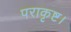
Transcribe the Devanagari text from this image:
पराकृष्ट।